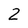
Character: 2